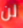
لن